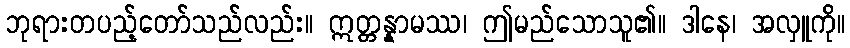
ဘုရားတပည့်တော်သည်လည်း။ ဣတ္တန္နာမဿ၊ ဤမည်သောသူ၏။ ဒါနေ၊ အလှူကို။